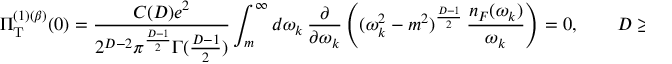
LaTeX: \Pi _ { \mathrm { T } } ^ { ( 1 ) ( \beta ) } ( 0 ) = \frac { C ( D ) e ^ { 2 } } { 2 ^ { D - 2 } \pi ^ { \frac { D - 1 } { 2 } } \Gamma ( \frac { D - 1 } { 2 } ) } \int _ { m } ^ { \infty } d \omega _ { k } \, \frac { \partial } { \partial \omega _ { k } } \left( ( \omega _ { k } ^ { 2 } - m ^ { 2 } ) ^ { \frac { D - 1 } { 2 } } \, \frac { n _ { F } ( \omega _ { k } ) } { \omega _ { k } } \right) = 0 , \qquad D \geq 2